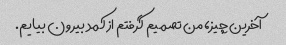
آخرین چیز، من تصمیم گرفتم از کمد بیرون بیایم.